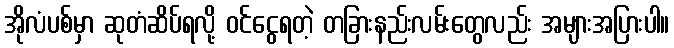
အိုလံပစ်မှာ ဆုတံဆိပ်ရလို့ ဝင်ငွေရတဲ့ တခြားနည်းလမ်းတွေလည်း အများအပြားပါ။